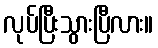
လုပ်ပြီးသွားပြီလား။